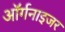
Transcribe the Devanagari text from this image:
ऑर्गनाइजर